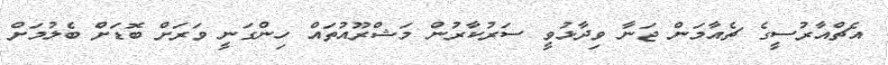
އެޗްއާރުސީގެ ޗެއާމަން ޖަނާ ވިދާޅުވީ ސަރުކާރުން މަޝްރޫއުތައް ހިންގަނީ ވަރަށް ބޮޑަށް ބެލުމަށް